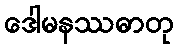
ဒေါမနဿဓာတု